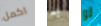
اكمل به لو